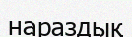
нараздық